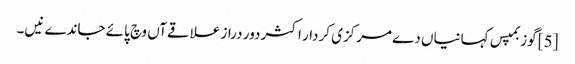
[5] گوزبمپس کہانیاں دے مرکزی کردار اکثر دور دراز علاقےآں وچ پائے جاندے نیں۔